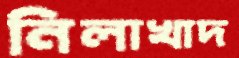
নিলাখাদ